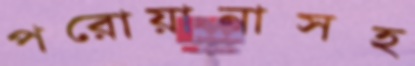
পরোয়ানাসহ